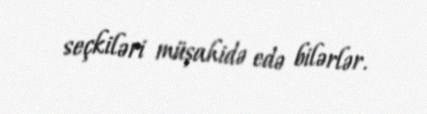
seçkiləri müşahidə edə bilərlər.